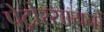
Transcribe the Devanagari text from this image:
पेट्रोरसायनों